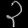
Digit: ၃